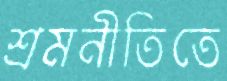
শ্রমনীতিতে